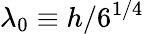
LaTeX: \lambda_{0}\equiv h/6^{1/4}